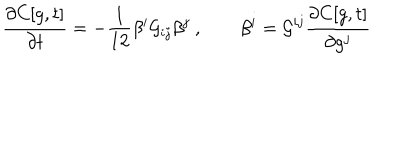
\frac { \partial C [ g , t ] } { \partial t } = - \frac { 1 } { 1 2 } \beta ^ { i } { \cal G } _ { i j } \beta ^ { j } ~ , \qquad \beta ^ { i } = { \cal G } ^ { i j } \frac { \partial C [ g , t ] } { \partial g ^ { j } }